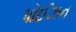
પોઈઝન